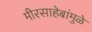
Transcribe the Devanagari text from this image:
मीरसाहेबांमुळे